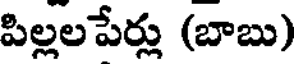
పిల్లలపేర్లు (బాబు)